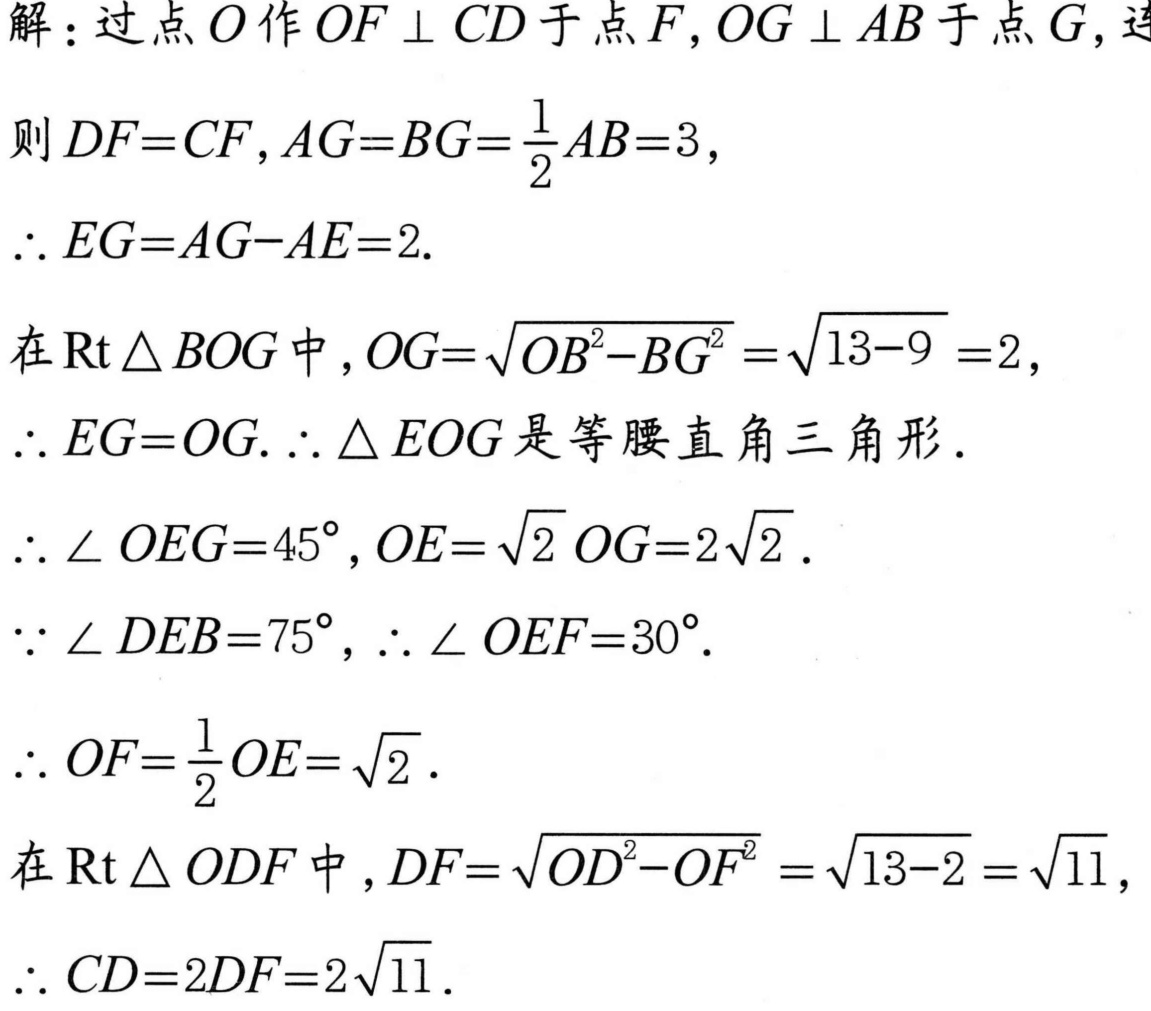
解：过点\(O\)作\(OF\perp CD\)于点\(F\)，\(OG\perp AB\)于点\(G\)，连
则\(DF = CF\)，\(AG = BG=\frac{1}{2}AB = 3\)，
\(\therefore EG=AG - AE = 2\).
在\(\text{Rt}\triangle BOG\)中，\(OG=\sqrt{OB^{2}-BG^{2}}=\sqrt{13 - 9}=2\)，
\(\therefore EG = OG\). \(\therefore\triangle EOG\)是等腰直角三角形.
\(\therefore\angle OEG = 45^{\circ}\)，\(OE=\sqrt{2}OG = 2\sqrt{2}\).
\(\because\angle DEB = 75^{\circ}\)，\(\therefore\angle OEF = 30^{\circ}\).
\(\therefore OF=\frac{1}{2}OE=\sqrt{2}\).
在\(\text{Rt}\triangle ODF\)中，\(DF=\sqrt{OD^{2}-OF^{2}}=\sqrt{13 - 2}=\sqrt{11}\)，
\(\therefore CD = 2DF=2\sqrt{11}\).